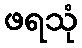
ဖရသုံ